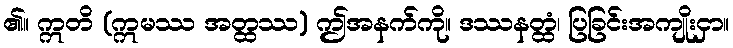
၏။ ဣတိ (ဣမဿ အတ္ထဿ) ဤအနက်ကို။ ဒဿနတ္ထံ၊ ပြခြင်းအကျိုးငှာ။